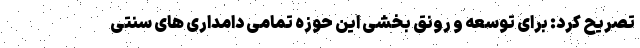
تصریح کرد: برای توسعه و رونق بخشی این حوزه تمامی دامداری های سنتی